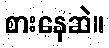
စားနေဆဲ။